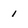
Character: 1